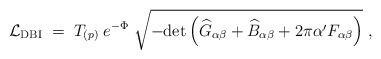
\begin{align*}{\cal L}_{\rm DBI}\; = \; T_{(p)}\; e^{-\Phi}\; \sqrt{ - {\rm det} \left( {\widehat G}_{\alpha\beta} + {\widehat B}_{\alpha\beta} + 2\pi\alpha^\prime F_{\alpha\beta} \right) }\ , \end{align*}